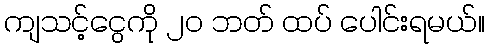
ကျသင့်ငွေကို ၂၀ ဘတ် ထပ် ပေါင်းရမယ်။